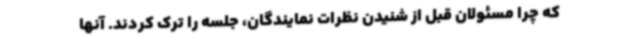
که چرا مسئولان قبل از شنیدن نظرات نمایندگان، جلسه را ترک کردند. آنها